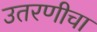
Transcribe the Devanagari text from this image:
उतरणीचा